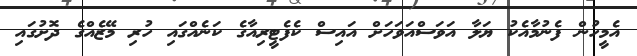
އެމީހުން ފެނުމާއެކު ޔަލާ އަވަސްއަވަހަށް އައިސް ކެފެޓީރިއާގެ ކަނެއްގައި ހުރި މޭޒެއްގެ ދޮށުގައި